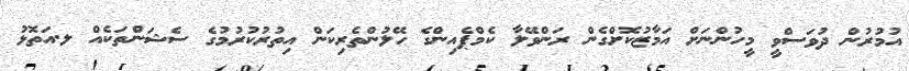
އުމުރުން ދުވަސްވީ މީހުންނަށް އަމާޒުކޮށްގެން ރަންވޭލާ ކެމްޕެއިންގެ ހޭލުންތެރިކަން އިތުރުކުރުމުގެ ސެޝަންތަކެއް ލ.އަތޮޅު